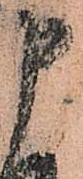
申